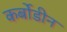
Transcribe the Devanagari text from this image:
कर्बोडीन